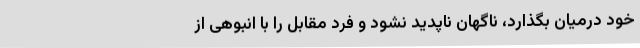
خود درمیان بگذارد، ناگهان ناپدید نشود و فرد مقابل را با انبوهی از